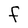
Character: F